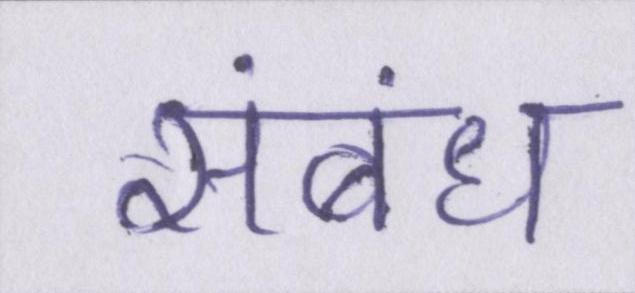
संबंध